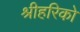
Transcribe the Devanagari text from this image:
श्रीहरिको